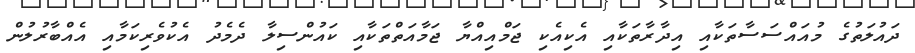
ދައުލަތުގެ މުއައްސަސާތަކާއި އިދާރާތަކާއި އެކިއެކި ޖަމްއިއްޔާ ޖަމާއަތްތަކާއި ކައުންސިލާ ދެމެދު އެކުވެރިކަމާއި އެއްބާރުލުން